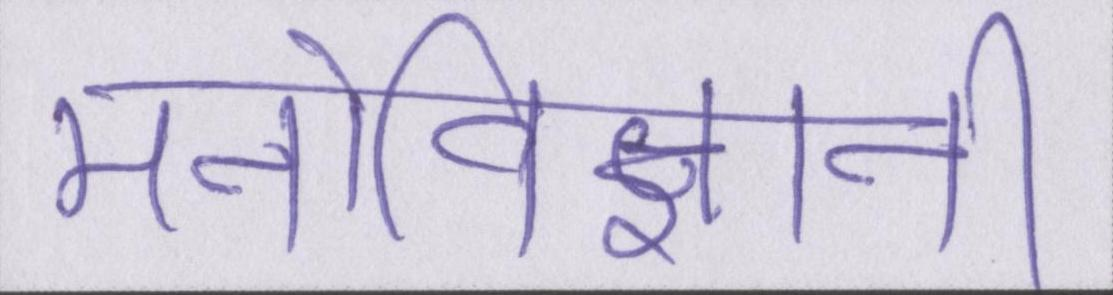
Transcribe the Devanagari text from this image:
मनोविज्ञानी